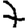
Digit: 7